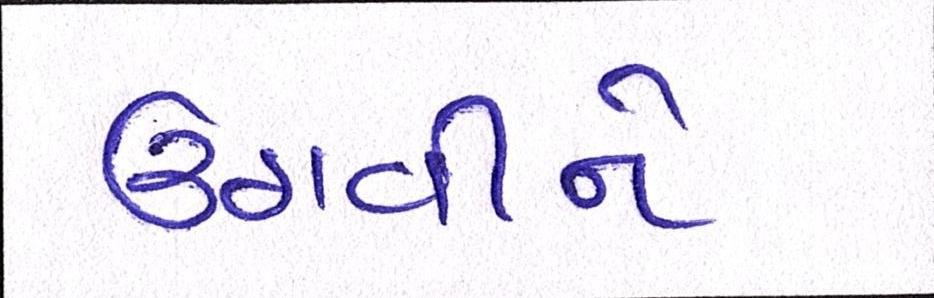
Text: ઉઠાવીને